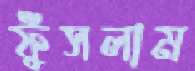
ফুঁসলাম